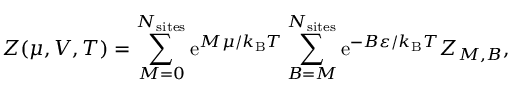
Z ( \mu , V , T ) = \sum _ { M = 0 } ^ { N _ { \mathrm { s i t e s } } } \mathrm { e } ^ { M \mu / k _ { \mathrm { B } } T } \sum _ { B = M } ^ { N _ { \mathrm { s i t e s } } } \mathrm { e } ^ { - B \varepsilon / k _ { \mathrm { B } } T } Z _ { { M , B } } ,